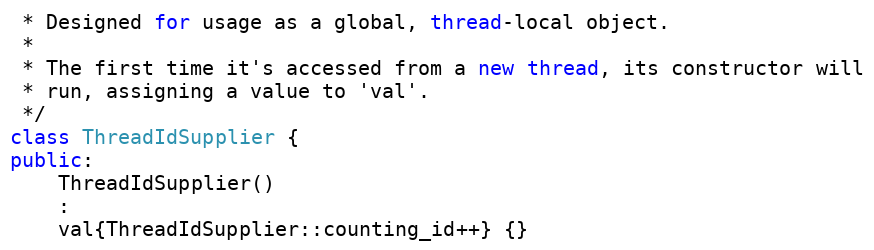
Language: C++
 * Designed for usage as a global, thread-local object.
 *
 * The first time it's accessed from a new thread, its constructor will
 * run, assigning a value to 'val'.
 */
class ThreadIdSupplier {
public:
	ThreadIdSupplier()
	:
	val{ThreadIdSupplier::counting_id++} {}